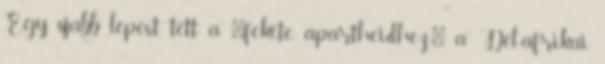
Egy újabb lépést tett a "fekete apartheidhez" a Dél-afrikai